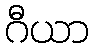
ဂီယာ